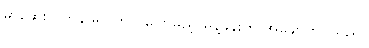
မာဆေးလ်ကွန်ဖရင့်တွင် ပြောမည့် မိန့်ခွန်းကို အချောကိုင်သည်။